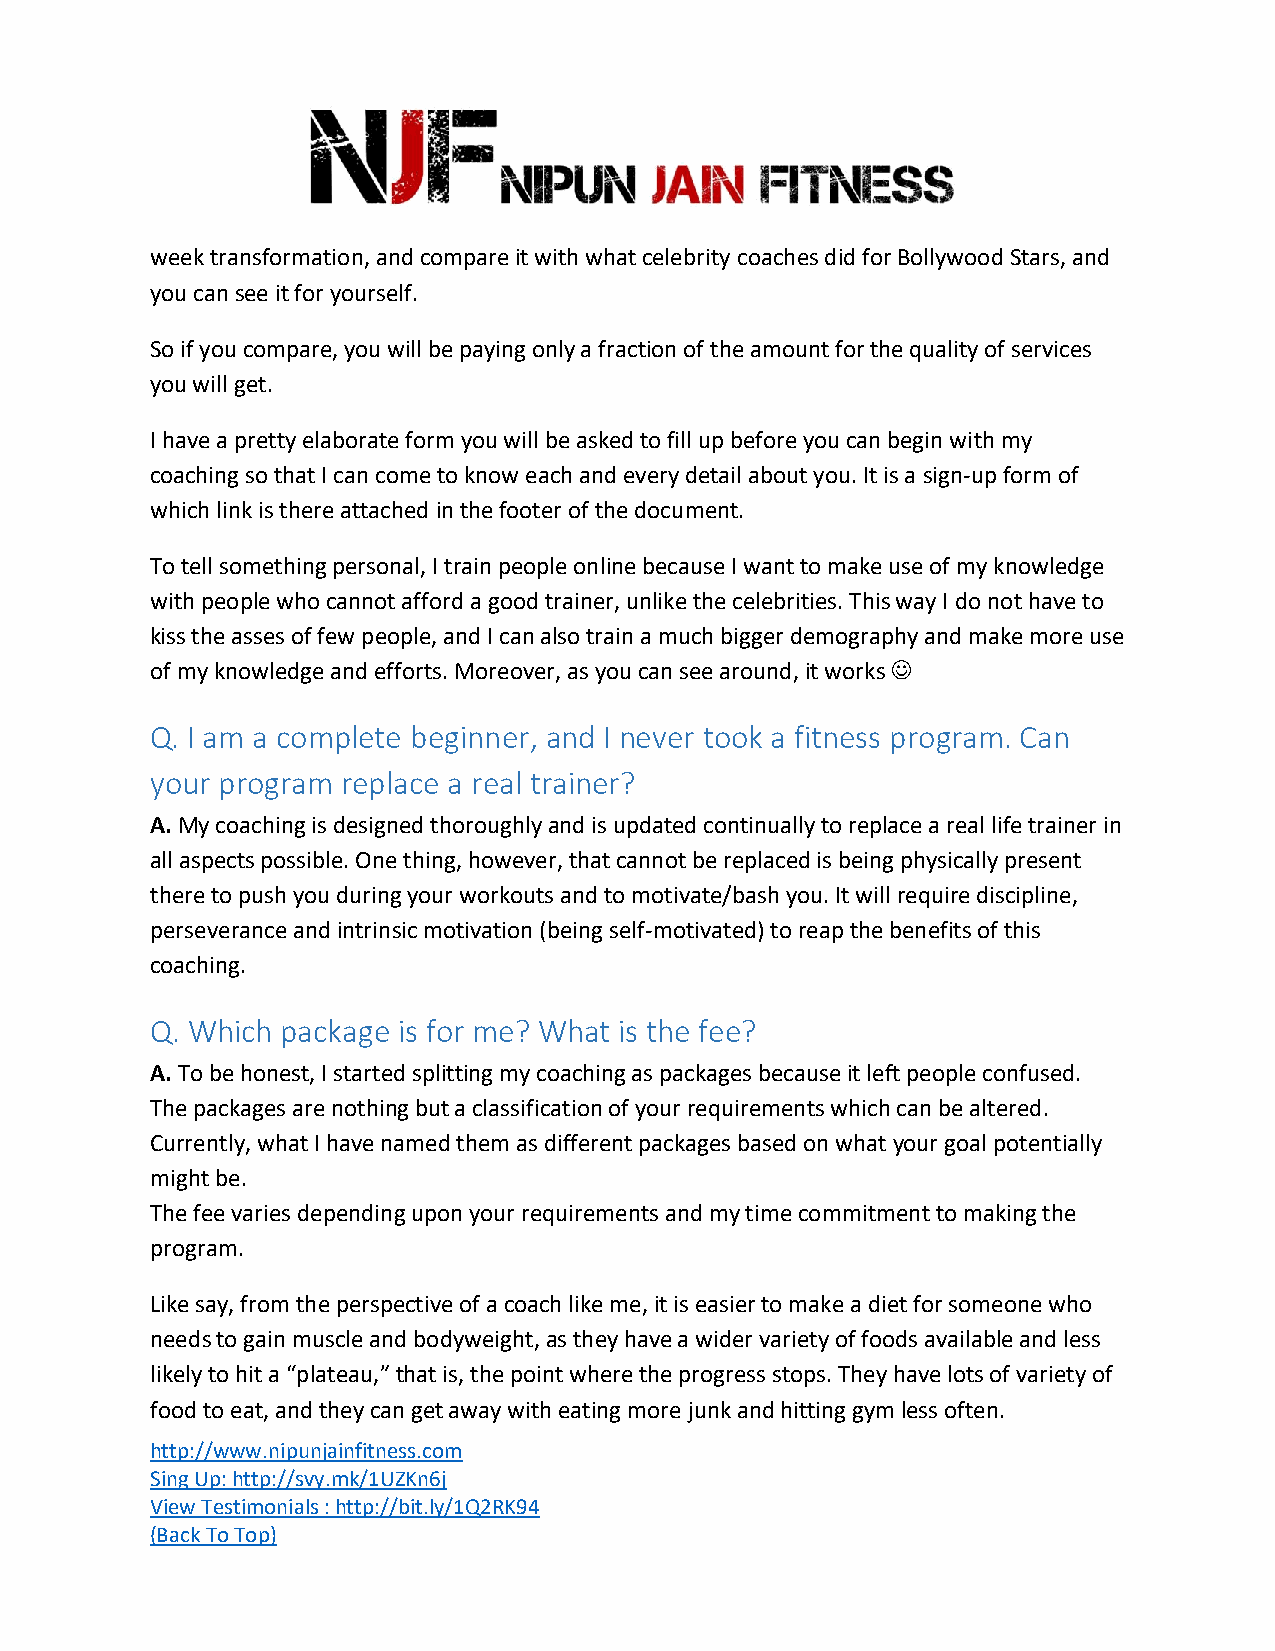
week transformation, and compare it with what celebrity coaches did for Bollywood Stars, and
 you can see it for yourself.
 So if you compare, you will be paying only a fraction of the amount for the quality of services
 you will get.
 I have a pretty elaborate form you will be asked to fill up before you can begin with my
 coaching so that I can come to know each and every detail about you. It is a sign-up form of
 which link is there attached in the footer of the document.
 To tell something personal, I train people online because I want to make use of my knowledge
 with people who cannot afford a good trainer, unlike the celebrities. This way I do not have to
 kiss the asses of few people, and I can also train a much bigger demography and make more use
 of my knowledge and efforts. Moreover, as you can see around, it works ☺
 Q. I am a complete beginner, and I never took a fitness program. Can
 your program replace a real trainer?
 A. My coaching is designed thoroughly and is updated continually to replace a real life trainer in
 all aspects possible. One thing, however, that cannot be replaced is being physically present
 there to push you during your workouts and to motivate/bash you. It will require discipline,
 perseverance and intrinsic motivation (being self-motivated) to reap the benefits of this
 coaching.
 Q. Which package is for me? What is the fee?
 A. To be honest, I started splitting my coaching as packages because it left people confused.
 The packages are nothing but a classification of your requirements which can be altered.
 Currently, what I have named them as different packages based on what your goal potentially
 might be.
 The fee varies depending upon your requirements and my time commitment to making the
 program.
 Like say, from the perspective of a coach like me, it is easier to make a diet for someone who
 needs to gain muscle and bodyweight, as they have a wider variety of foods available and less
 likely to hit a “plateau,” that is, the point where the progress stops. They have lots of variety of
 food to eat, and they can get away with eating more junk and hitting gym less often.
 http://www.nipunjainfitness.com
 Sing Up: http://svy.mk/1UZKn6j
 View Testimonials : http://bit.ly/1Q2RK94
 (Back To Top)